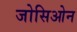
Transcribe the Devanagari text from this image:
जोसिओन